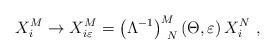
LaTeX: \begin{align*}X_{i}^{M}\rightarrow X_{i\varepsilon }^{M}=\left( \Lambda ^{-1}\right)_{\,\,\,N}^{M}\left( \Theta ,\varepsilon \right) X_{i}^{N}\,\,,\end{align*}